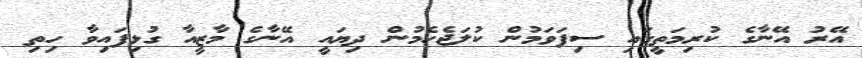
އޭރު އޭނާގެ ކުރިމަތީގައި ސިފަވަމުން ކުލަޖެހެމުން ދިޔައީ އޭނާގެ މާޒީއާ ގުޅިފައިވާ ހިތި